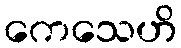
ကေသေဟိ